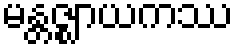
မန္တဇ္ဈာယကဿ